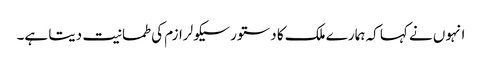
انہوں نے کہا کہ ہمارے ملک کا دستور سیکولرازم کی طمانیت دیتا ہے۔